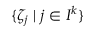
\{ \zeta _ { j } \; | \; j \in I ^ { k } \}